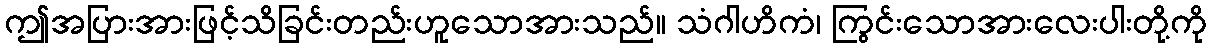
ဤအပြားအားဖြင့်သိခြင်းတည်းဟူသောအားသည်။ သံဂါဟိကံ၊ ကြွင်းသောအားလေးပါးတို့ကို